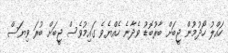
ހައްލު ހޯދުމުން ޖީބަށް ބާރުބޮޑު ވެދާނެ ހެއްޔެވެ ގައިމުވެސް ޖީބަށް ބުރަ ވިޔަސް